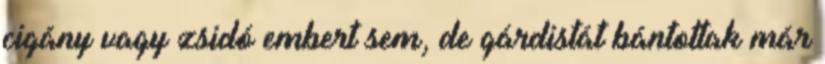
cigány vagy zsidó embert sem, de gárdistát bántottak már